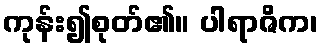
ကုန်း၍စုတ်၏။ ပါရာဇိက၊